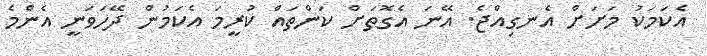
އެކަމަކު މަށަށް އެނގިއްޖެ. އޭނަ އެގޮތަށް ކަންތައް ކުރީމަ އެކަމުން ދޭހަވަނީ އެންމެ